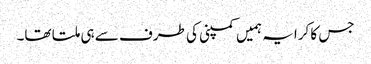
جس کا کرایہ ہمیں کمپنی کی طرف سے ہی ملتا تھا۔